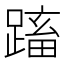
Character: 𨃕